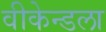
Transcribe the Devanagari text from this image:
वीकेन्डला